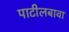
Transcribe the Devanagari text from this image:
पाटीलबावा